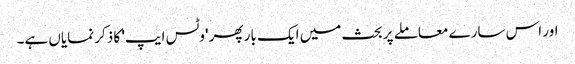
اور اس سارے معاملے پر بحث میں ایک بار پھر 'وٹس ایپ' کا ذکر نمایاں ہے۔